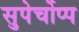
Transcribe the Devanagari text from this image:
सुपेर्चोप्प